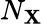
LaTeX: N_{\mathbf{X}}